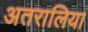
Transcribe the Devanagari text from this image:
अतरालिया